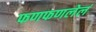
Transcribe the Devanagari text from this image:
फणफणलेलं